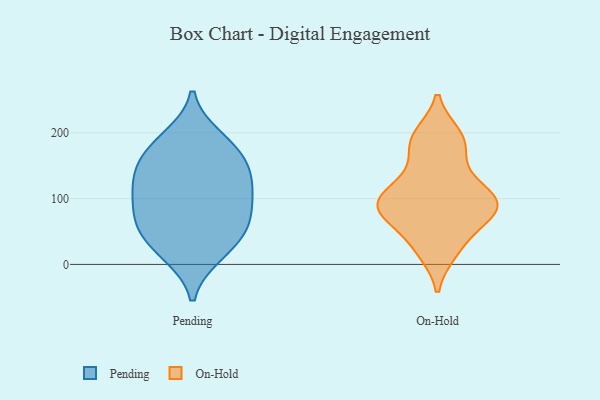
{"axis": {"x": "Active Users", "y": "Value"}, "legend": ["On-Hold", "Pending"], "data": [{"x": "", "y": 97, "type": "Pending"}, {"x": "", "y": 107, "type": "Pending"}, {"x": "", "y": 68, "type": "Pending"}, {"x": "", "y": 193, "type": "Pending"}, {"x": "", "y": 125, "type": "Pending"}, {"x": "", "y": 49, "type": "Pending"}, {"x": "", "y": 56, "type": "Pending"}, {"x": "", "y": 15, "type": "Pending"}, {"x": "", "y": 165, "type": "Pending"}, {"x": "", "y": 17, "type": "Pending"}, {"x": "", "y": 93, "type": "Pending"}, {"x": "", "y": 134, "type": "Pending"}, {"x": "", "y": 53, "type": "Pending"}, {"x": "", "y": 186, "type": "Pending"}, {"x": "", "y": 161, "type": "Pending"}, {"x": "", "y": 141, "type": "Pending"}, {"x": "", "y": 177, "type": "On-Hold"}, {"x": "", "y": 82, "type": "On-Hold"}, {"x": "", "y": 30, "type": "On-Hold"}, {"x": "", "y": 133, "type": "On-Hold"}, {"x": "", "y": 84, "type": "On-Hold"}, {"x": "", "y": 76, "type": "On-Hold"}, {"x": "", "y": 195, "type": "On-Hold"}, {"x": "", "y": 95, "type": "On-Hold"}, {"x": "", "y": 107, "type": "On-Hold"}, {"x": "", "y": 78, "type": "On-Hold"}, {"x": "", "y": 189, "type": "On-Hold"}, {"x": "", "y": 107, "type": "On-Hold"}, {"x": "", "y": 21, "type": "On-Hold"}]}